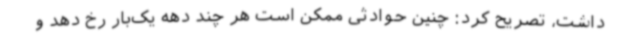
داشت، تصریح کرد: چنین حوادثی ممکن است هر چند دهه یک‌بار رخ دهد و